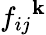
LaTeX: {f_{ij}}^{\mathbf{k}}